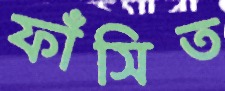
ফাঁসিত